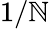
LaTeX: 1/\mathbb{N}